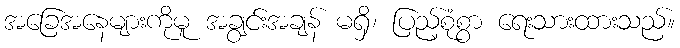
အခြေအနေများကိုမူ အချွင်းအချန် မရှိ၊ ပြည့်စုံစွာ ရေးသားထားသည်။